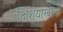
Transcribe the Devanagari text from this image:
क्षिशुयांग्बांना